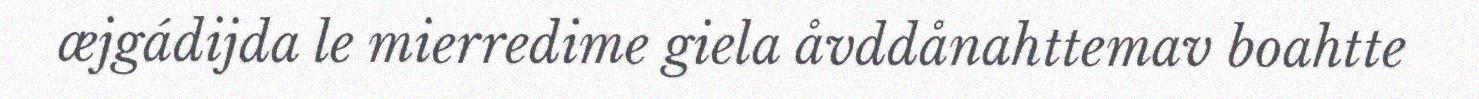
æjgádijda le mierredime giela åvddånahttemav boahtte